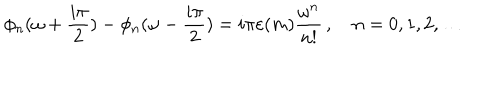
LaTeX: \phi _ { n } ( \omega + \frac { i \pi } { 2 } ) - \phi _ { n } ( \omega - \frac { i \pi } { 2 } ) = i \pi \varepsilon ( m ) \frac { \omega ^ { n } } { n ! } \, , \quad n = 0 , 1 , 2 , \dots